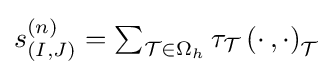
{\textstyle s_{(I,J)}^{(n)}=\sum _{{\mathcal {T}}\in \Omega _{h}}\tau _{\mathcal {T}}\left(\cdot \,,\cdot \right)_{\mathcal {T}}}